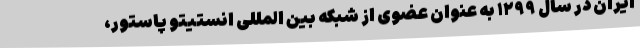
ایران در سال ۱۲۹۹ به عنوان عضوی از شبکه بین المللی انستیتو پاستور،